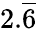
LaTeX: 2.{\overline{{6}}}